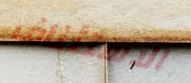
الاستئناف